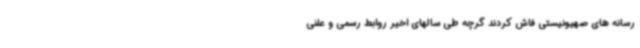
رسانه های صهیونیستی فاش کردند گرچه طی سالهای اخیر روابط رسمی و علنی